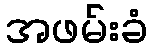
အဖမ်းခံ